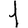
Digit: 1